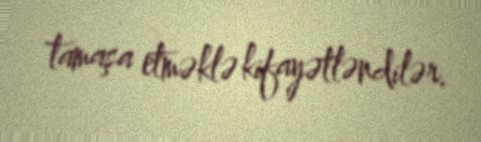
tamaşa etməklə kifayətləndilər.